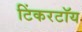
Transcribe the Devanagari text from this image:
टिंकरटॉय